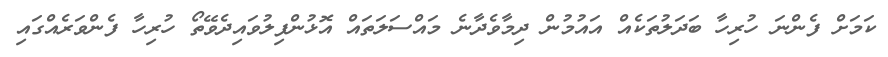
ކަމަށް ފެންނަ ހުރިހާ ބަދަލުތަކެއް އައުމުން ދިމާވެދާނެ މައްސަލަތައް އޮޅުންފިލުވައިދެވޭތޯ ހުރިހާ ފެންވަރެއްގައި